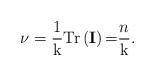
LaTeX: \begin{align*}\mathrm{\nu }=\frac{1}{\mathrm{k}}\mathrm{Tr}\left( \mathbf{I}\right)\mathrm{=}\frac{n}{\mathrm{k}}.\end{align*}